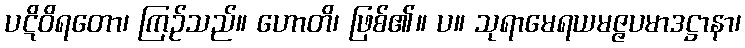
ပဋိဝိရတော၊ ကြဉ်သည်။ ဟောတိ၊ ဖြစ်၏။ ပ။ သုရာမေရယမဇ္ဇပမာဒဋ္ဌာနာ၊